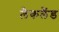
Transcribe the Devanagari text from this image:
लैकलैंड